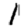
Digit: 1